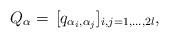
LaTeX: \begin{align*}Q_\alpha =\, [q_{\alpha_i,\alpha_ j} ]_{i, j=1,\dots, 2l},\end{align*}